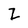
Character: Z